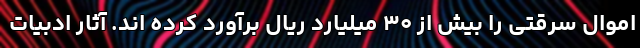
اموال سرقتی را بیش از ۳۰ میلیارد ریال برآورد کرده اند. آثار ادبیات